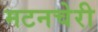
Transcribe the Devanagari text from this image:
मटनचेरी